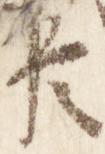
臣